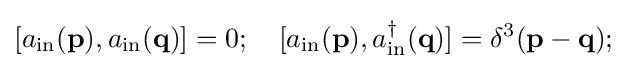
[a_{\mathrm {in} }(\mathbf {p} ),a_{\mathrm {in} }(\mathbf {q} )]=0;\quad [a_{\mathrm {in} }(\mathbf {p} ),a_{\mathrm {in} }^{\dagger }(\mathbf {q} )]=\delta ^{3}(\mathbf {p} -\mathbf {q} );